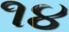
૧૪